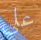
على